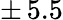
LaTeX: \pm\, 5.5